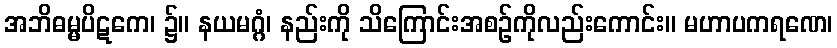
အဘိဓမ္မပိဋကေ၊ ၌။ နယမဂ္ဂံ၊ နည်းကို သိကြောင်းအစဉ်ကိုလည်းကောင်း။ မဟာပကရဏေ၊